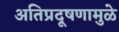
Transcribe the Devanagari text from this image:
अतिप्रदूषणामुळे